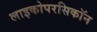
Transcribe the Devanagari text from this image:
लाइकोपरसिकॉन